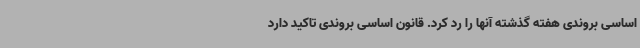
اساسی بروندی هفته گذشته آنها را رد کرد. قانون اساسی بروندی تاکید دارد